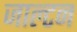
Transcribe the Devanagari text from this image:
जाल्‍टन